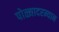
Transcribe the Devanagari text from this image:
पोळ्यादरम्यान